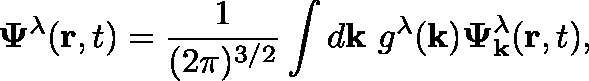
\mathbf { \Psi } ^ { \lambda } ( \mathbf { r } , t ) = \frac { 1 } { ( 2 \pi ) ^ { 3 / 2 } } \int d \mathbf { k } ~ g ^ { \lambda } ( \mathbf { k } ) \boldsymbol { \Psi } _ { \mathbf { k } } ^ { \lambda } ( \mathbf { r } , t ) ,